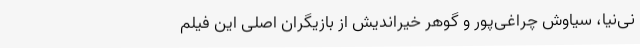
نی‌نیا، سیاوش چراغی‌پور و گوهر خیراندیش از بازیگران اصلی این فیلم